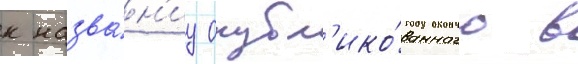
к назва́н'иу опубл'ико́ванного в